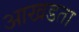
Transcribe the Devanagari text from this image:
आखडता